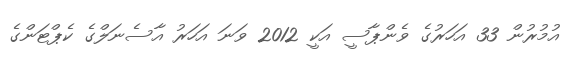
އުމުރުން 33 އަހަރުގެ ވެންޕާސީ އަކީ 2012 ވަނަ އަހަރު އާސެނަލްގެ ކެޕްޓަންގެ